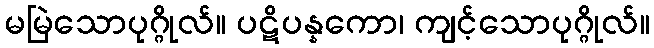
မမြဲသောပုဂ္ဂိုလ်။ ပဋိပန္နကော၊ ကျင့်သောပုဂ္ဂိုလ်။